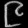
Digit: ၉